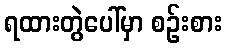
ရထားတွဲပေါ်မှာ စဉ်းစား